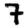
Digit: 7